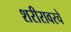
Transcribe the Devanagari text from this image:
शरीरावरचे